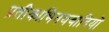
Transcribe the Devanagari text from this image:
प्रतीकाभिनयवादियों